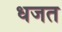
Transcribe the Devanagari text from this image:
धजत